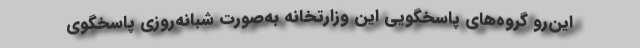
این‌رو گروه‌های پاسخگویی این وزارتخانه به‌صورت شبانه‌روزی پاسخگوی